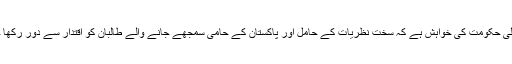
نئی دہلی حکومت کی خواہش ہے کہ سخت نظریات کے حامل اور پاکستان کے حامی سمجھے جانے والے طالبان کو اقتدار سے دور رکھا جائے۔